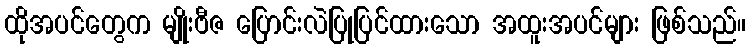
ထိုအပင်တွေက မျိုးဗီဇ ပြောင်းလဲပြုပြင်ထားသော အထူးအပင်များ ဖြစ်သည်။